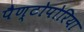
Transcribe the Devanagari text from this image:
पैण्टोपोरिया